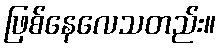
ဖြစ်နေလေသတည်း။